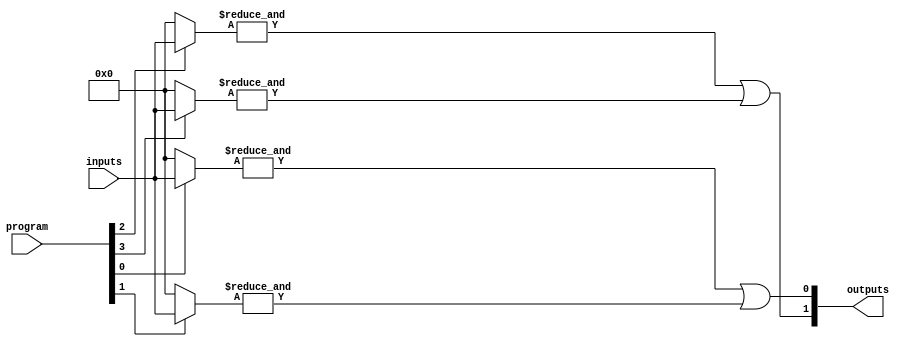
module SPAL (
    input  wire [N-1:0] inputs,      // N input signals
    input  wire [M-1:0] program,     // M programming bits for AND array
    output wire [P-1:0] outputs       // P output signals
);

parameter N = 8; // Number of inputs
parameter M = 4; // Number of AND gates
parameter P = 2; // Number of outputs

// Programmable AND array
wire [M-1:0] and_out; // Outputs from AND gates

genvar i, j;

// Generate programmable AND gates
generate
    for (i = 0; i < M; i = i + 1) begin : and_array
        wire [N-1:0] and_inputs; // Inputs to each AND gate
        assign and_inputs = (program[i] == 1'b1) ? inputs : {N{1'b0}};
        assign and_out[i] = &and_inputs; // AND operation
    end
endgenerate

// Fixed OR array
wire [P-1:0] or_out; // Outputs from OR gates

assign or_out[0] = and_out[0] | and_out[1]; // Example OR logic
assign or_out[1] = and_out[2] | and_out[3]; // Example OR logic

// Assign final outputs
assign outputs = or_out;

endmodule